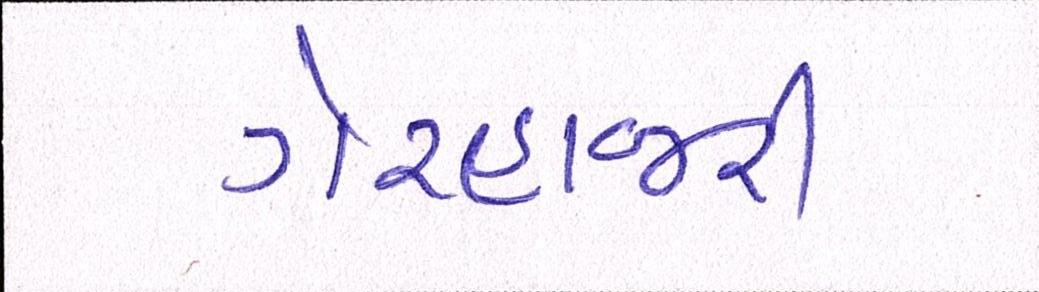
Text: ગેરહાજરી